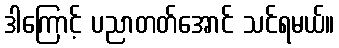
ဒါကြောင့် ပညာတတ်အောင် သင်ရမယ်။